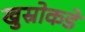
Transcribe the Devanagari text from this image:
खुस्रोकडे